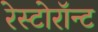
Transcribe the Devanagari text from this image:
रेस्टोरॉन्ट